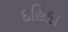
દહિડા